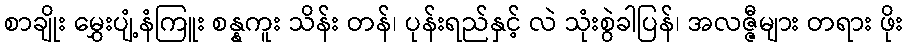
စာချိုး မွှေးပျံ့နံကြူး စန္နကူး သိန်း တန်၊ ပုန်းရည်နှင့် လဲ သုံးစွဲခါပြန်၊ အလဇ္ဇီများ တရား ဖိုး